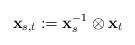
LaTeX: \begin{align*} \mathbf{x}_{s,t} := \mathbf{x}_{s}^{-1} \otimes \mathbf{x}_{t}\end{align*}